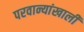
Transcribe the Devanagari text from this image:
परवान्यांखाली